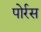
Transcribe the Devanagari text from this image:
पोर्रस